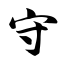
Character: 守